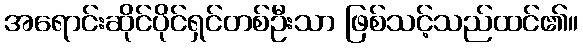
အရောင်းဆိုင်ပိုင်ရှင်တစ်ဦးသာ ဖြစ်သင့်သည်ထင်၏။